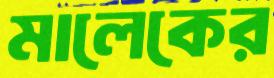
মালেকের